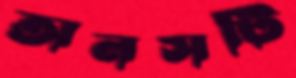
অনসটি